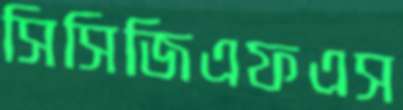
সিসিজিএফএস